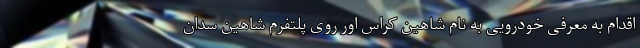
اقدام به معرفی خودرویی به نام شاهین کراس اور روی پلتفرم شاهین سدان